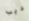
ديب